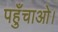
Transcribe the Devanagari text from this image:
पहुँचाओ।